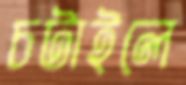
চটাইলে